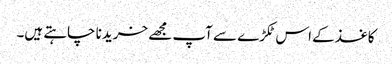
کاغذ کے اس ٹکڑے سے آپ مجھے خریدنا چاہتے ہیں۔